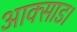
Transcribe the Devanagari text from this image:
आक्साड।